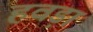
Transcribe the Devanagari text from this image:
हवड़ा